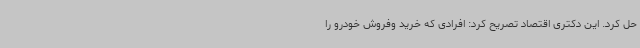
حل کرد. این دکتری اقتصاد تصریح کرد: افرادی که خرید وفروش خودرو را